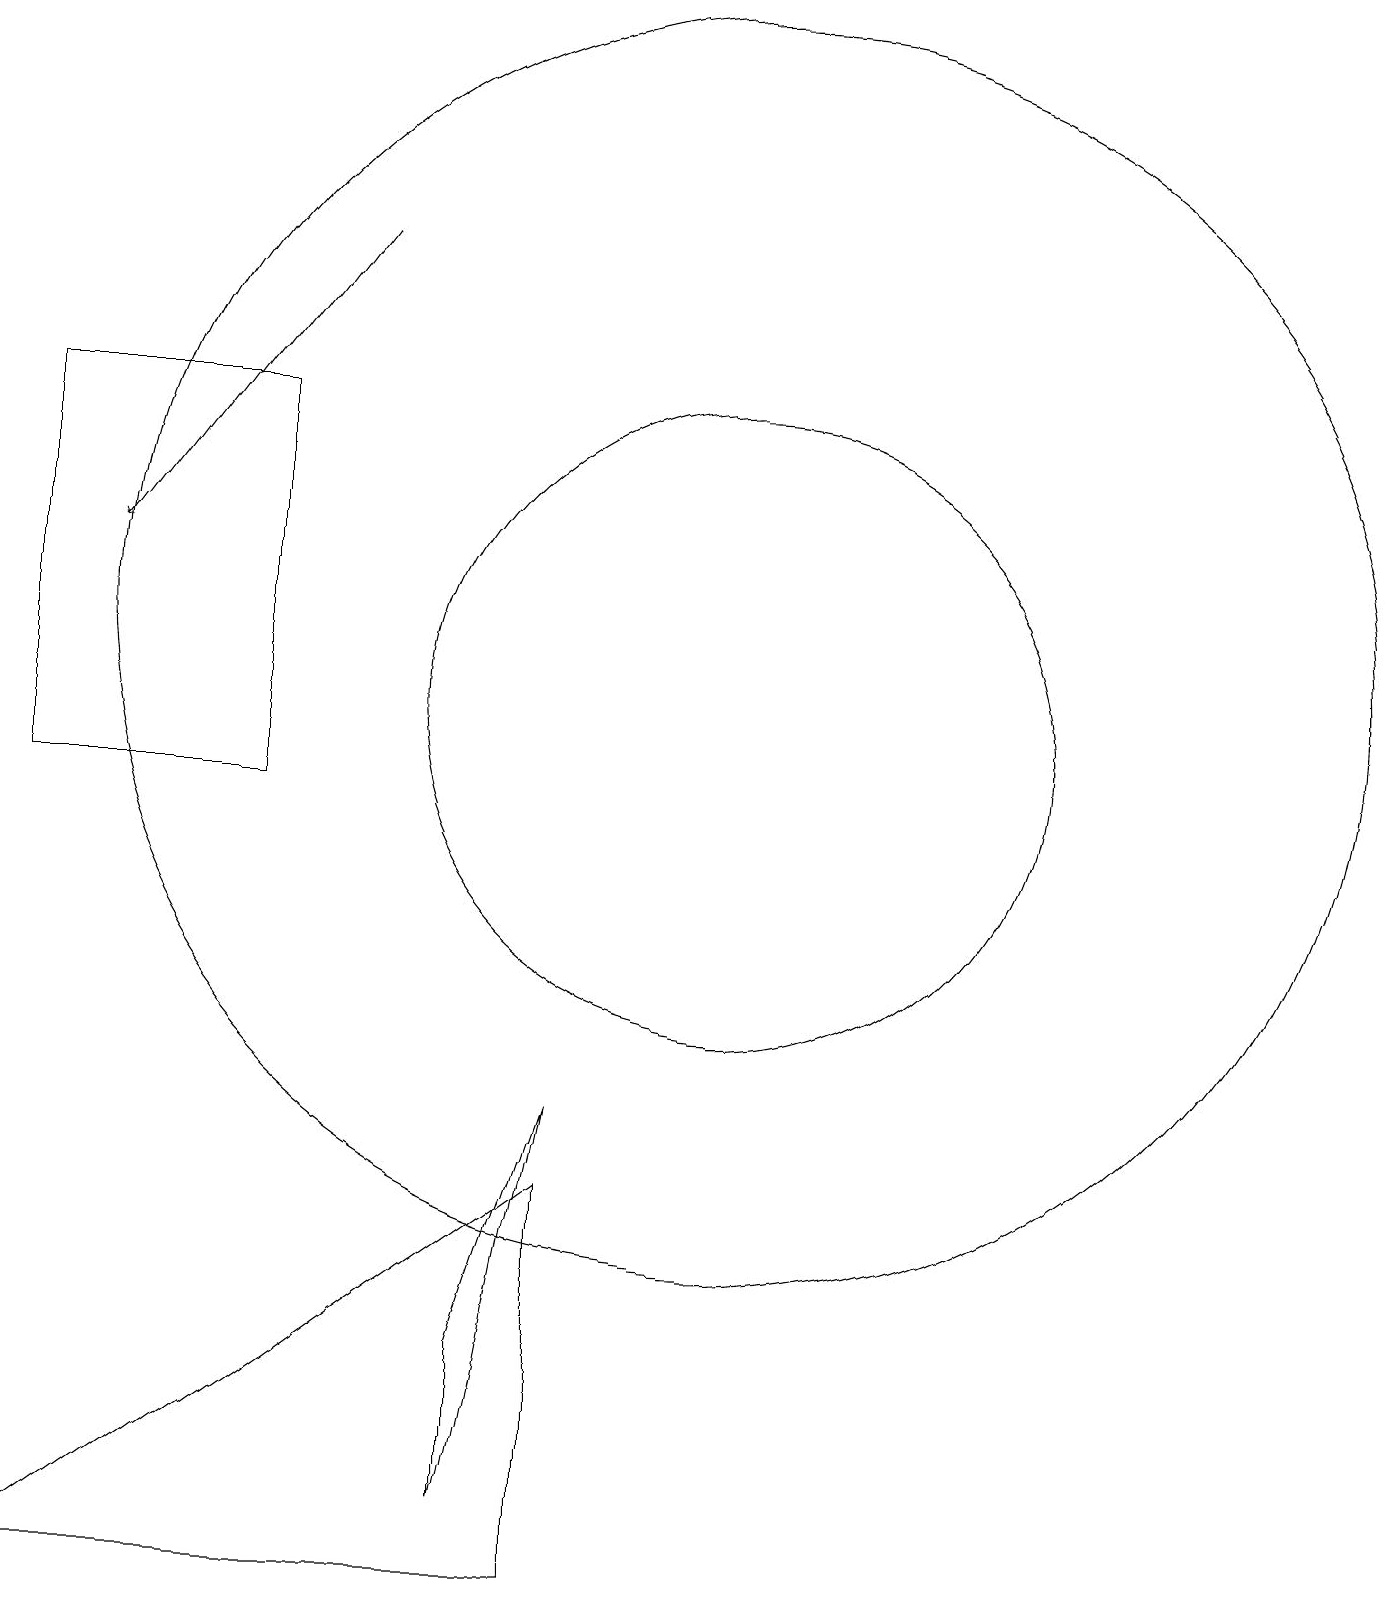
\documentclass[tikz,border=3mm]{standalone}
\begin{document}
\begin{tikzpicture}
\draw (10,11) circle (4);
\draw (10,12) circle (8);
\draw (1,0) -- (8,0) -- (8,5) -- cycle;
\draw (1,15) rectangle (4,10);
\draw[->] (5,17) -- (2,13);
\draw (7,1) -- (8,6) -- (7,3) -- cycle;
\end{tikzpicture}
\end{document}